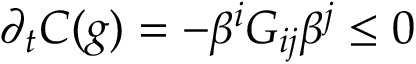
\partial _ { t } C ( g ) = - \beta ^ { i } G _ { i j } \beta ^ { j } \le 0